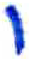
אות: י